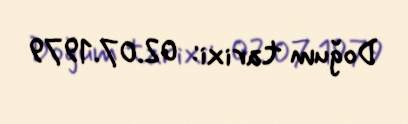
Doğum tarixi: 02.07.1979